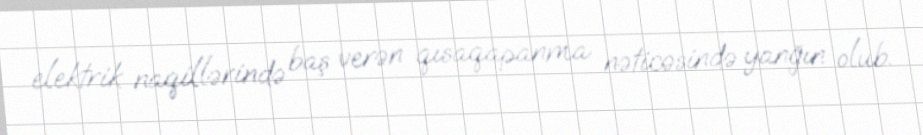
elektrik naqillərində baş verən qısaqapanma nəticəsində yanğın olub.